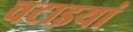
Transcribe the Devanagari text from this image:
चटाइयां